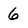
Character: 6